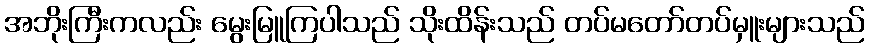
အဘိုးကြီးကလည်း မွေးမြူကြပါသည် သိုးထိန်းသည် တပ်မတော်တပ်မှူးများသည်